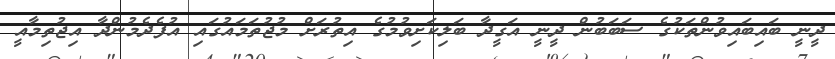
ދީނީ ބައިބައިވުންތަކުގެ ސަބަބުން ދީނީ އަގީދާ ބަލިކަށިވުމުގެ އިތުރަށް މުޖުތަމައުގައި އުފެދެމުންދާ އިޖުތިމާއީ